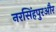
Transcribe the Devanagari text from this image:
नरसिंहपुरऔर